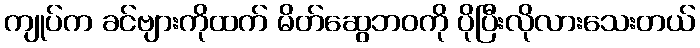
ကျုပ်က ခင်ဗျားကိုထက် မိတ်ဆွေဘဝကို ပိုပြီးလိုလားသေးတယ်